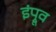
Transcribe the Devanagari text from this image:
इंप्रूव